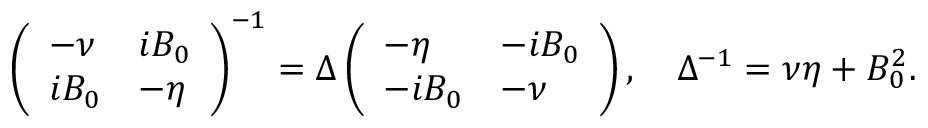
\left( \begin{array} { l l } { - \nu } & { i B _ { 0 } } \\ { i B _ { 0 } } & { - \eta } \end{array} \right) ^ { - 1 } = \Delta \left( \begin{array} { l l } { - \eta } & { - i B _ { 0 } } \\ { - i B _ { 0 } } & { - \nu } \end{array} \right) , \quad \Delta ^ { - 1 } = \nu \eta + B _ { 0 } ^ { 2 } .